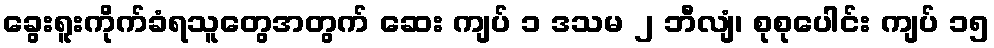
ခွေးရူးကိုက်ခံရသူတွေအတွက် ဆေး ကျပ် ၁ ဒသမ ၂ ဘီလျံ၊ စုစုပေါင်း ကျပ် ၁၅